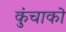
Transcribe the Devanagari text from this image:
कुंचाको